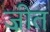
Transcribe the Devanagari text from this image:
ज़ीत